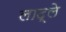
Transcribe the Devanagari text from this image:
लाद्ले